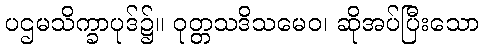
ပဌမသိက္ခာပုဒ်၌။ ဝုတ္တသဒိသမေဝ၊ ဆိုအပ်ပြီးသော